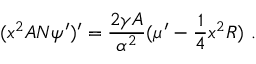
( x ^ { 2 } A N \psi ^ { \prime } ) ^ { \prime } = \frac { 2 \gamma A } { \alpha ^ { 2 } } ( { \mu ^ { \prime } } - { \frac { 1 } { 4 } } x ^ { 2 } R ) \ .